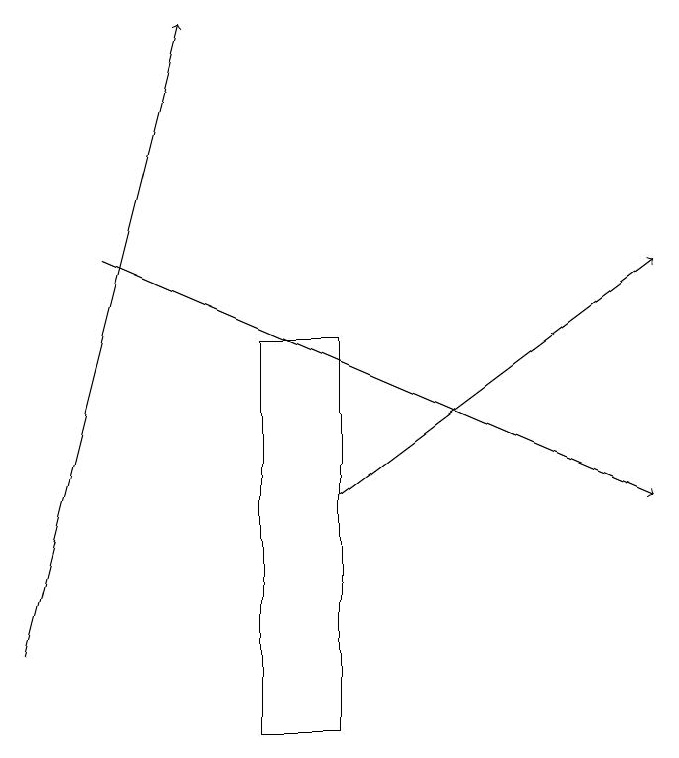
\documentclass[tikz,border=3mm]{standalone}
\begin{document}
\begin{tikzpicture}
\draw[->] (2,16) -- (9,13);
\draw[->] (5,13) -- (9,16);
\draw[->] (1,11) -- (3,19);
\draw (5,15) rectangle (4,10);
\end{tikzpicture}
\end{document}